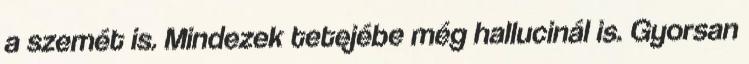
a szemét is. Mindezek tetejébe még hallucinál is. Gyorsan